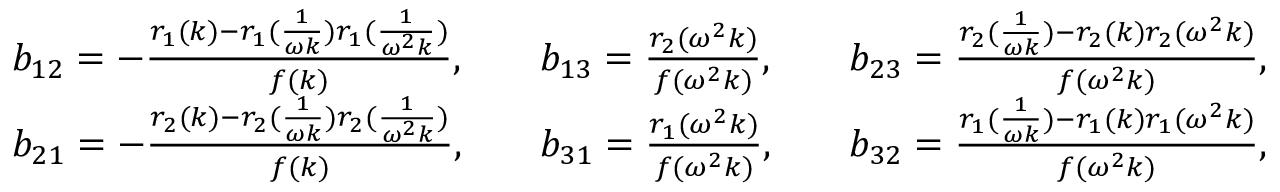
\begin{array} { r l r l r l } & { b _ { 1 2 } = - \frac { r _ { 1 } ( k ) - r _ { 1 } ( \frac { 1 } { \omega k } ) r _ { 1 } ( \frac { 1 } { \omega ^ { 2 } k } ) } { f ( k ) } , } & & { b _ { 1 3 } = \frac { r _ { 2 } ( \omega ^ { 2 } k ) } { f ( \omega ^ { 2 } k ) } , } & & { b _ { 2 3 } = \frac { r _ { 2 } ( \frac { 1 } { \omega k } ) - r _ { 2 } ( k ) r _ { 2 } ( \omega ^ { 2 } k ) } { f ( \omega ^ { 2 } k ) } , } \\ & { b _ { 2 1 } = - \frac { r _ { 2 } ( k ) - r _ { 2 } ( \frac { 1 } { \omega k } ) r _ { 2 } ( \frac { 1 } { \omega ^ { 2 } k } ) } { f ( k ) } , } & & { b _ { 3 1 } = \frac { r _ { 1 } ( \omega ^ { 2 } k ) } { f ( \omega ^ { 2 } k ) } , } & & { b _ { 3 2 } = \frac { r _ { 1 } ( \frac { 1 } { \omega k } ) - r _ { 1 } ( k ) r _ { 1 } ( \omega ^ { 2 } k ) } { f ( \omega ^ { 2 } k ) } , } \end{array}